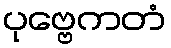
ပုဗ္ဗေကတံ